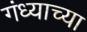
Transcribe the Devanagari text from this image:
गंध्याच्या